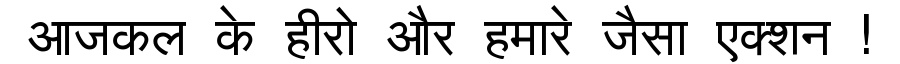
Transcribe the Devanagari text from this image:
आजकल के हीरो और हमारे जैसा एक्शन !